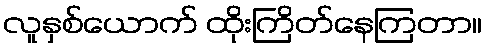
လူနှစ်ယောက် ထိုးကြိတ်နေကြတာ။